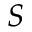
S